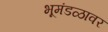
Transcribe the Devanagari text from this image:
भूमंडळावर